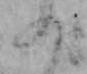
の